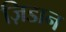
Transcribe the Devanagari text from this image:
ज़िडान